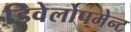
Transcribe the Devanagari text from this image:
डिवेलोपमेन्ट